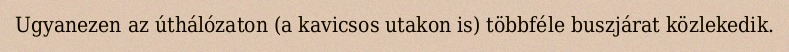
Ugyanezen az úthálózaton (a kavicsos utakon is) többféle buszjárat közlekedik.